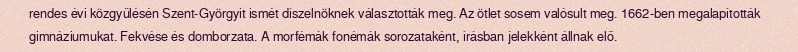
rendes évi közgyűlésén Szent-Györgyit ismét díszelnöknek választották meg. Az ötlet sosem valósult meg. 1662-ben megalapították gimnáziumukat. Fekvése és domborzata. A morfémák fonémák sorozataként, írásban jelekként állnak elő.